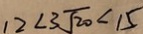
1 2 < 3 \sqrt { 2 0 } < 1 5